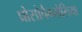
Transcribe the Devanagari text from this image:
प्रोसोपैग्नोसिया